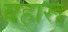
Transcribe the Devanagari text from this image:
बहारू